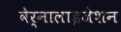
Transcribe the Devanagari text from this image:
वेर्नालाइजेशन